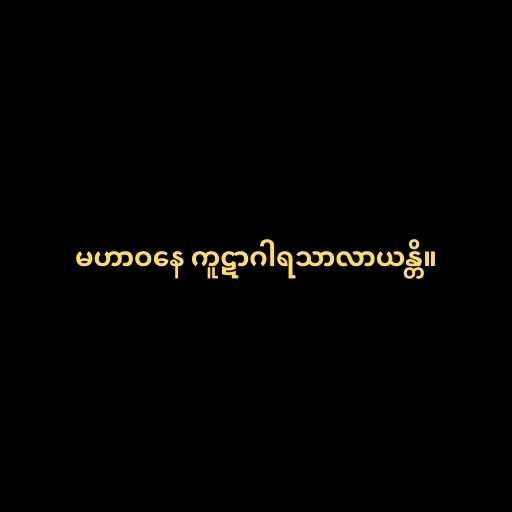
မဟာဝနေ ကူဋာဂါရသာလာယန္တိ။